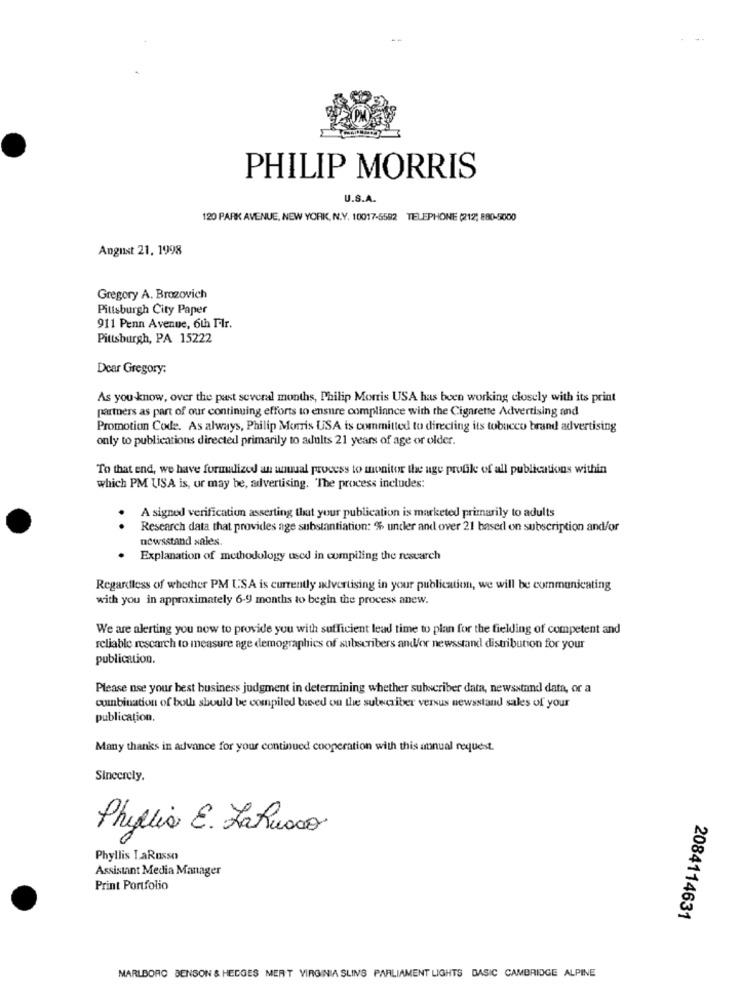
PHILIP MORRIS
U.S.A.
120 PARK AVENUE, NEW YORK, N.Y. 10017-5582 TELEPHONE (212; 880-5000
August 21, 1998
Gregory A. Brozovich
Pittsburgh City Paper
911 Penn Avenue, 6th Flr.
Pittsburgh, PA 15222
Dear Gregory:
As you-know, over the past several months, Philip Morris USA has been working closely with its print
partners as part of our continuing efforts to ensure compliance with the Cigarette Advertising and
Promotion Code. As always, Philip Morris USA is committed to directing its tobucco brand advertising
only to publications directed primarily to adults 21 years of age or older.
To that end, we have formalized an unuual process to monitor the age profile of all publications within
which PM USA is, or may be, advertising. The process includes:
A signed verification asserting that your publication is marketed primarily to adults
.
Research data that provides age substantiation: % undler and over 21 based on subscription and/or
newsstand sales.
Explanation of methodology used in compiling the research
Regardless of whether PM USA is currently advertising in your publication, we will be communicating
with you in approximately 6-9 months to begin the process anew.
We are alerting you now to provide you with sufficient lead time to plan for the fielding of competent and
reliable rescarch to measure age demographics of subscribers andor newsstand distribution for your
publication.
Please nse your best business judgment in determining whether subscriber data, newsstand data, or a
combination of both should be compiled bied ou the sulwcriber versus newsstand sales of your
publication.
Many thanks in advance for your continued cooperation with this anual request.
Sincerely.
Phylia E. LaRusso
Phyllis LaRusso
Assistant Media Manager
Print Portfolio
2084114631
MARLBORO BENSON & HEDGES MERT VIRGINIA SLINS PARLIAMENT LIGHTS BASIC CAMBRIDGE ALPINE